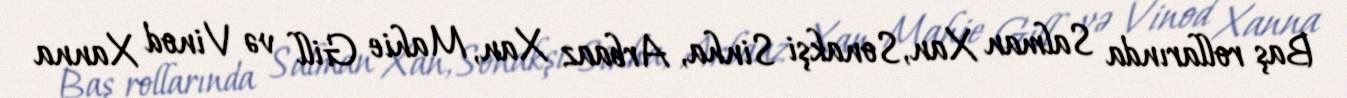
Baş rollarında Salman Xan, Sonakşi Sinha, Arbaaz Xan, Mahie Gill və Vinod Xanna